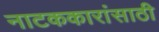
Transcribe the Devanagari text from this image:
नाटककारांसाठी